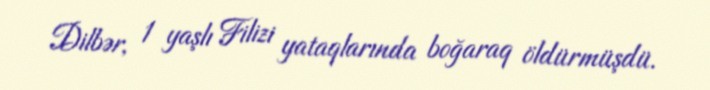
Dilbər, 1 yaşlı Filizi yataqlarında boğaraq öldürmüşdü.